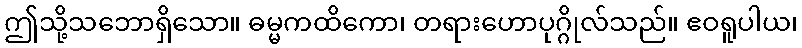
ဤသို့သဘောရှိသော။ ဓမ္မကထိကော၊ တရားဟောပုဂ္ဂိုလ်သည်။ ဧဝရူပါယ၊